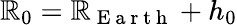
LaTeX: \mathbb{R}_{0}=\mathbb{R}_{\mathrm{{~E~a~r~t~h~}}}+h_{0}